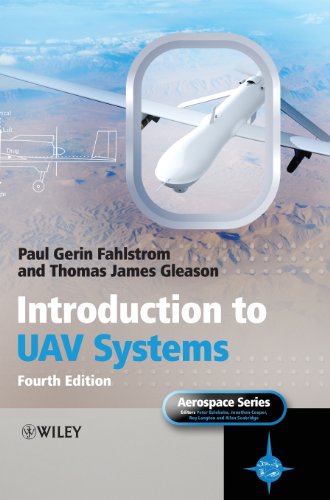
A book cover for Introduction to UAV Systems; Paul Fahlstrom; Engineering & Transportation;